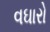
વઘારો